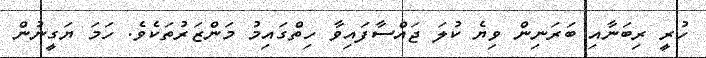
ހުރީ ރިބަނާއި ބަރަނިން ވިޔެ ކުލަ ޖައްސާފައިވާ ހިތްގައިމު މަންޒަރުތަކެވެ. ހަމަ ޔަގީނުން